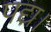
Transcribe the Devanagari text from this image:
पद्य।